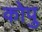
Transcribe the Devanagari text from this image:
कोपु